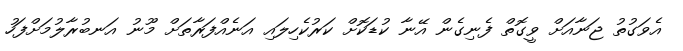
އެވަގުތު ޖަނާއަށް ވީގޮތް ފެނިގެން އޭނާ ކުޑަކޮށް ކަރުކެހިލައި އަނެއްފަރާތަށް މޫނު އަނބުރާލުމަށްފަހު